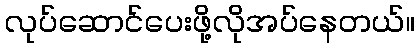
လုပ်ဆောင်ပေးဖို့လိုအပ်နေတယ်။